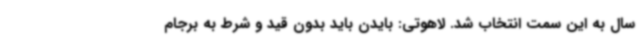
سال به این سمت انتخاب شد. لاهوتی: بایدن باید بدون قید و شرط به برجام